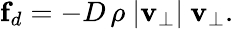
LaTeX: \textbf{f}_{d}=-D\, \rho\ |\textbf{v}_{\perp}|\ \textbf{v}_{\perp}.